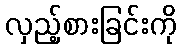
လှည့်စားခြင်းကို